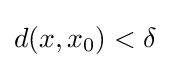
d(x,x_{0})<\delta